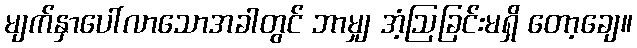
မျက်နှာပေါ်လာသောအခါတွင် ဘာမျှ အံ့ဩခြင်းမရှိ တော့ချေ။